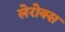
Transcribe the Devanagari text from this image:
लेरोक्स